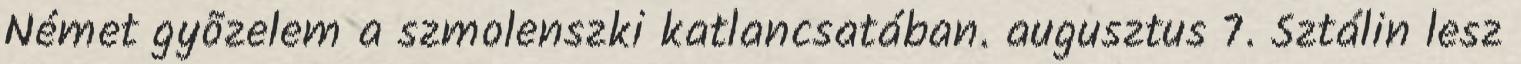
Német gyõzelem a szmolenszki katlancsatában. augusztus 7. Sztálin lesz